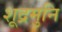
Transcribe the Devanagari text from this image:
शूद्रमुनि